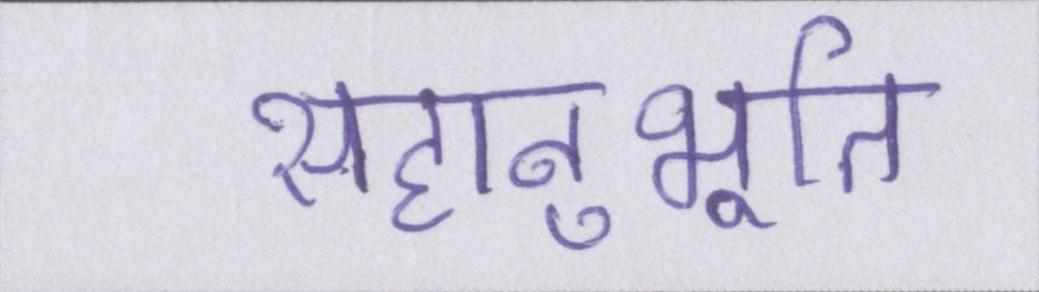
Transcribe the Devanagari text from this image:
सहानुभूति